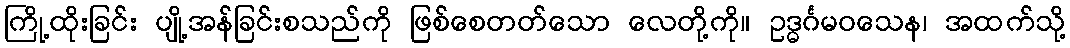
ကြို့ထိုးခြင်း ပျို့အန်ခြင်းစသည်ကို ဖြစ်စေတတ်သော လေတို့ကို။ ဥဒ္ဓင်္ဂမဝသေန၊ အထက်သို့